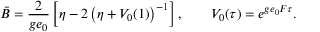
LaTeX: \bar { B } = \frac { 2 } { g e _ { 0 } } \left[ \eta - 2 \left( \eta + V _ { 0 } ( 1 ) \right) ^ { - 1 } \right] , \qquad V _ { 0 } ( \tau ) = e ^ { g e _ { 0 } F \tau } .